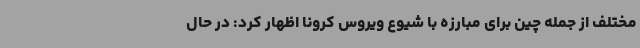
مختلف از جمله چین برای مبارزه با شیوع ویروس کرونا اظهار کرد: در حال